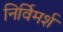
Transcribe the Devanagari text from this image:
निर्विमर्श